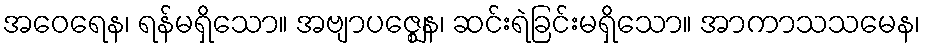
အဝေရေန၊ ရန်မရှိသော။ အဗျာပဇ္ဈေန၊ ဆင်းရဲခြင်းမရှိသော။ အာကာသသမေန၊